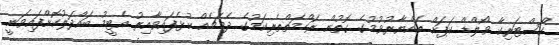
ކޯސްޓަރިކާ ވޯލްޑް ކަޕަށް ތައްޔާރުވުމުގެ ގޮތުން ރަހްމަތްތެރިކަމުގެ ދެމެޗެއް ކުޅެފައިވާއިރު އެޓީމު ބައްދަލުކޮށްފައިވަނީ